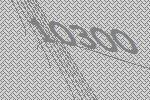
10300